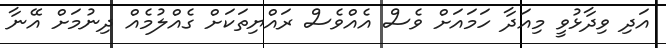
އަދި ވިދާޅުވީ މިއަދާ ހަމައަށް ވެސް އެއްވެސް ރައްޔިތަކަށް ގެއްލުމެއް ދިނުމަށް އޭނާ